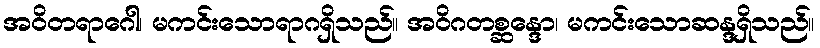
အဝိတရာဂေါ၊ မကင်းသောရာဂရှိသည်။ အဝိဂတစ္ဆန္ဒော၊ မကင်းသောဆန္ဒရှိသည်။